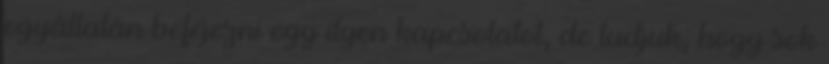
egyáltalán befejezni egy ilyen kapcsolatot, de tudjuk, hogy sok